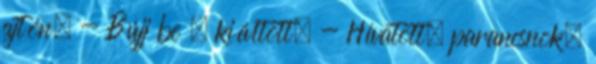
ajtón. - Bújj be – kiáltott. - Hívatott, parancsnok.